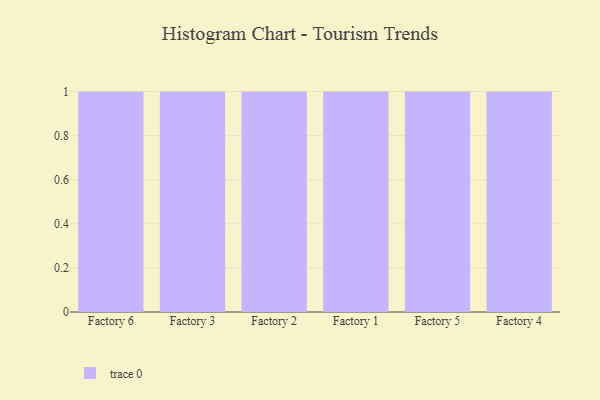
{"axis": {"x": "Factory", "y": "Website Visitors"}, "legend": [""], "data": [{"x": "Factory 6", "y": 43, "type": ""}, {"x": "Factory 3", "y": 40, "type": ""}, {"x": "Factory 2", "y": 76, "type": ""}, {"x": "Factory 1", "y": 63, "type": ""}, {"x": "Factory 5", "y": 12, "type": ""}, {"x": "Factory 4", "y": 26, "type": ""}]}